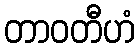
တာဝတီဟံ